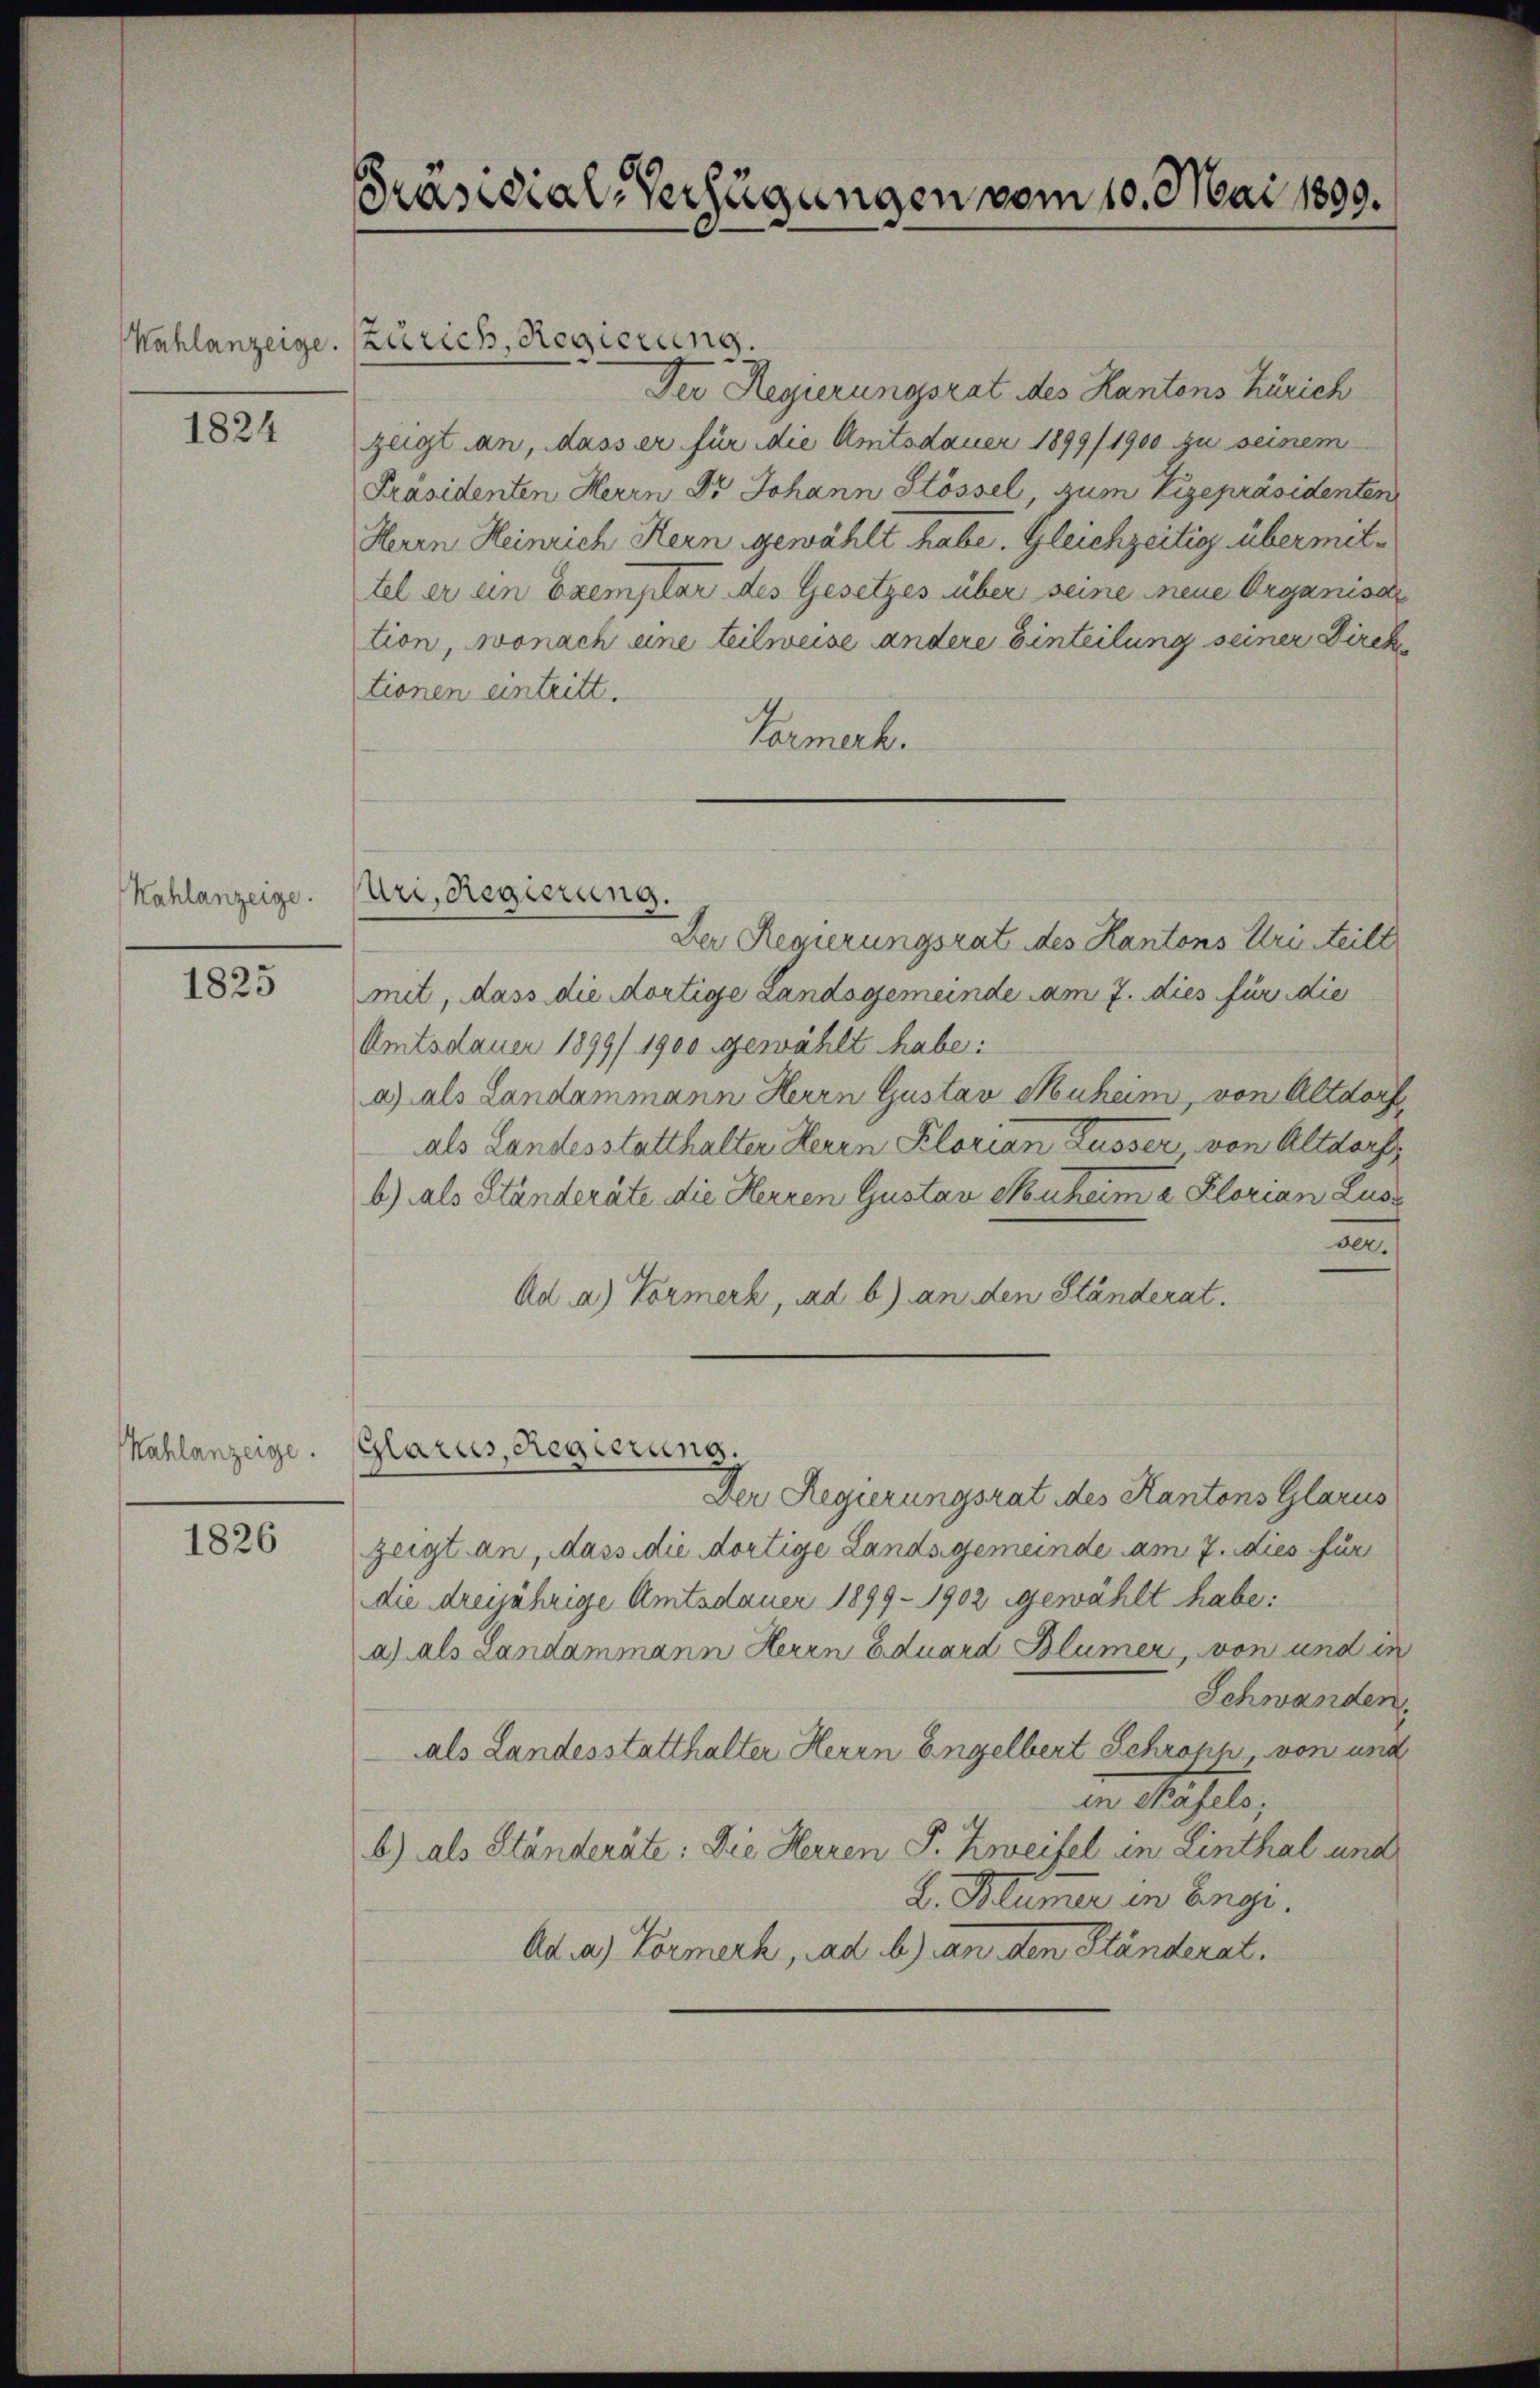
Wahlanzeige

1824

Kahlanzeige.

1825

Kahlanzeige.

1826

Präsidial-Verfügungen vom 10. Mai 1899.

Zürich, Regierung.

Der Regierungsrat des Kantons Zürich
zeigt an, dass er für die Amtsdauer 1899/1900 zu seinem
Präsidenten Herrn Dr Johann Stössel, zum Vizepräsidenten
Herrn Heinrich Hern gewählt habe. Gleichzeitig übermittel er ein Exemplar des Gesetzes über seine neue Organisa
tion, wonach eine teilweise andere Einteilung seiner Direktionen eintritt.
Parmerk.
Uri. Regierung.
Der Regierungsrat des Kantons Uri teile
mit, dass die dortige Landsgemeinde am 7. dies für die
Amtsdauer 1899/ 1900 gewählt habe:
a) als Landammann Herrn Gustav Muheim, von Altdorf
als Landesstatthalter Herrn Klorian Kusser, von Altdorf
b.) als Ständeräte die Herren Gustan Neuheim u. Florian Lus
a
Ad a.) Vormerk, ad b) an den Ständerat.

Glarus, Regierung.
Der Regierungsrat des Kantons Glarus
zeigt an, dass die dortige Landsgemeinde am 7. dies für
die dreijährige Amtsdauer 1899 - 1902 gewählt habe:
a) als Landammann Herrn Eduard Blümer, von und in
Schwanden.
als Landesstatthalter Herrn Engelbert Schröpp, von und
der Stahel,
b) als Ständeräte: Die Herren P. Zweifel in Linthal und
2. Blümer in Enge.
Ad a) Vormerk, ad b.) an den Ständerat.